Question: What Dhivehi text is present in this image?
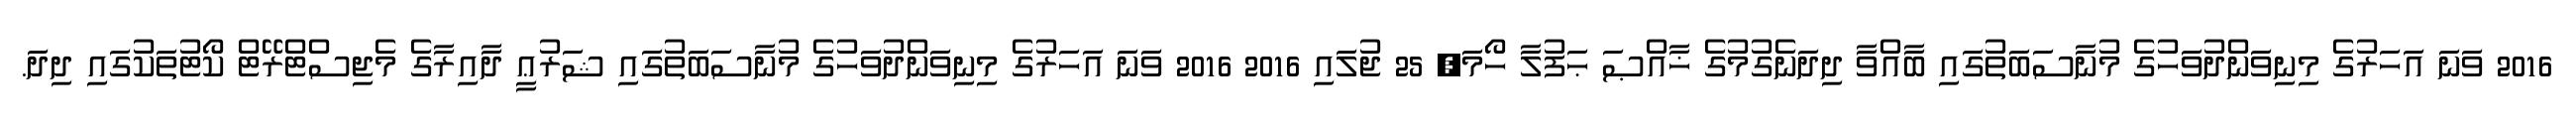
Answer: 2016 ވަނަ އަހަރުގެ މިނިވަންދުވަހުގެ މުނާސަބަތުގައި ބާއްވާ ދިދަނެގުމުގެ ޚާއްޞަ ޙަފުލާ ހޯމަ, 25 ޖުލައި 2016 2016 ވަނަ އަހަރުގެ މިނިވަންދުވަހުގެ މުނާސަބަތުގައި ޝަރުޢީ ދާއިރާގެ މެޖިސްޓްރޭޓް ކޯޓުތަކުގައި ދިދަ.